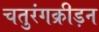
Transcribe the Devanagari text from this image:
चतुरंगक्रीड़न